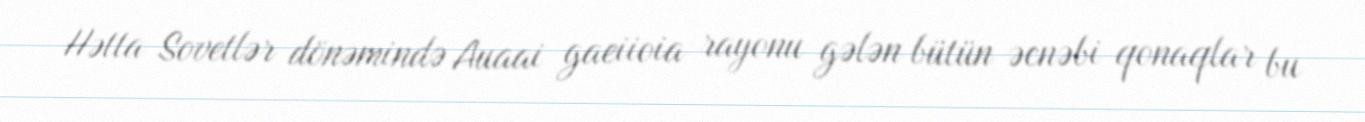
Hətta Sovetlər dönəmində Auaai gaeiioia rayonu gələn bütün əcnəbi qonaqlar bu